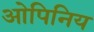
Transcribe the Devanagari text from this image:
ओपिनिय